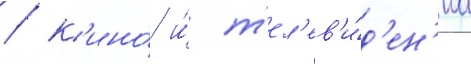
/ к'ино́ и́ т'ел'ев'и́д'ен'иа